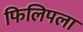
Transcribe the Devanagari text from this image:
फिलिपला